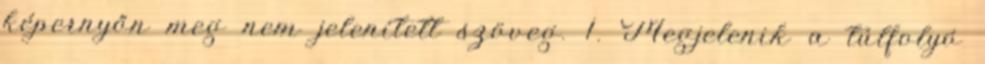
képernyőn meg nem jelenített szöveg. 1. Megjelenik a túlfolyó